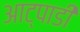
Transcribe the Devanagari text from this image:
आट्पाडी